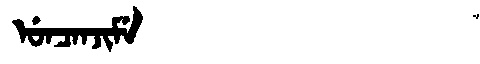
Manchu: ᡠᠨᠴᠠᠨᠵᡳᠮᡝ
Romanization: UNCANJIME